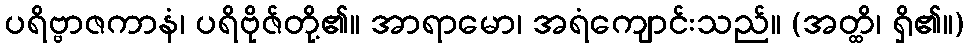
ပရိဗ္ဗာဇကာနံ၊ ပရိဗိုဇ်တို့၏။ အာရာမော၊ အရံကျောင်းသည်။ (အတ္ထိ၊ ရှိ၏။)